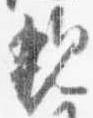
親